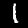
Label: 1